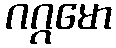
ဂဂ္ဂမော